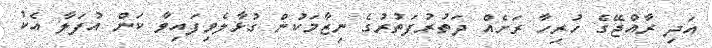
އަދި ރާއްޖޭގެ ހުރިހާ ރަށެއް ދަތުރުފަތުރުގެ ނިޒާމަކުން ގުޅާލެވިފައިވާ ކަން އުފަލާ އެކު